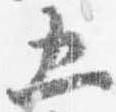
五